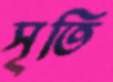
সৃতি